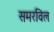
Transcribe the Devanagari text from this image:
समरविल